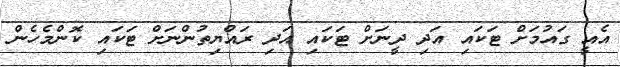
އެއީ ގައުމަށް ޓަކައި އަދި ދީނަށް ޓަަކައި އަދި ރައްޔިތުންނަށް ޓަކައި ކޮންމެހެން